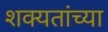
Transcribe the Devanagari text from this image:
शक्यतांच्या